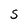
Character: S